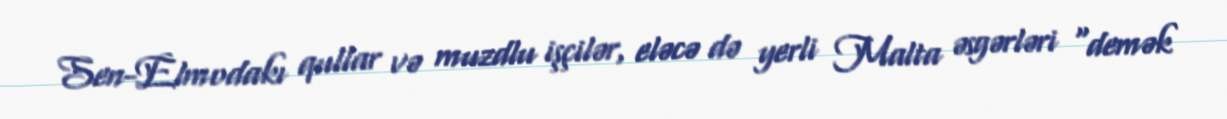
Sen-Elmodakı qullar və muzdlu işçilər, eləcə də yerli Malta əsgərləri "demək